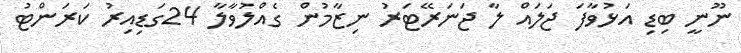
ނޫނީ ބިޑި އަޅުވާފަ ޖަލައް ލާ ޖަނަރޭޓަރު ނިޒާމުން ގެއްލުވާލާ 24ގަޑިިިިިިިިއިރު ކަރަންޓު